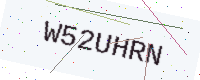
Text: W52UHRN